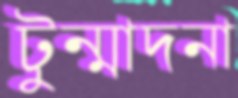
টুন্মাদনা